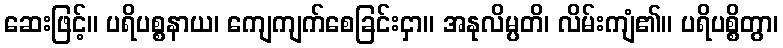
ဆေးဖြင့်။ ပရိပစ္စနာယ၊ ကျေကျက်စေခြင်းငှာ။ အနုလိမ္ပတိ၊ လိမ်းကျံ၏။ ပရိပစ္စိတွာ၊